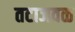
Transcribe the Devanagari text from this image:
तटाजवळ